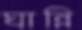
ঘান্নি